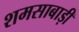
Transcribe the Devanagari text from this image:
शमसाबाड़ी